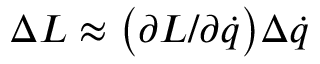
\Delta L \approx { \bigl ( } \partial L / \partial { \dot { q } } { \bigr ) } \Delta { \dot { q } }